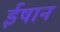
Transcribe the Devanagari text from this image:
ईषान